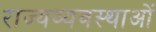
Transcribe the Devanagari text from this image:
राज्यव्यवस्थाओं